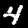
Digit: 4